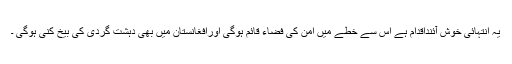
یہ انتہائی خوش آئنداقدام ہے اس سے خطے میں امن کی فضاء قائم ہوگی اورافغانستان میں بھی دہشت گردی کی بیخ کنی ہوگی ۔